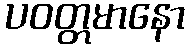
ပဝတ္တမာနော